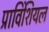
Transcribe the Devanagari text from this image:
प्राविंशियल